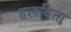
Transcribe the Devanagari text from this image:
हलविता